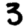
Digit: 3